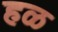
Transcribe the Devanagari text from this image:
हळ